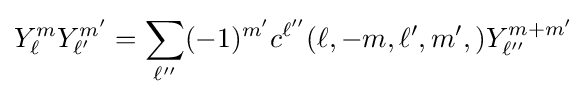
Y_{\ell }^{m}Y_{\ell '}^{m'}=\sum _{\ell ''}(-1)^{m'}c^{\ell ''}(\ell ,-m,\ell ',m',)Y_{\ell ''}^{m+m'}